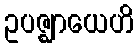
ဥပဇ္ဈာယေဟိ